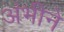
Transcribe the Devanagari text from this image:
अंभीने